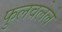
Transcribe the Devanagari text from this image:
फुलवलेले